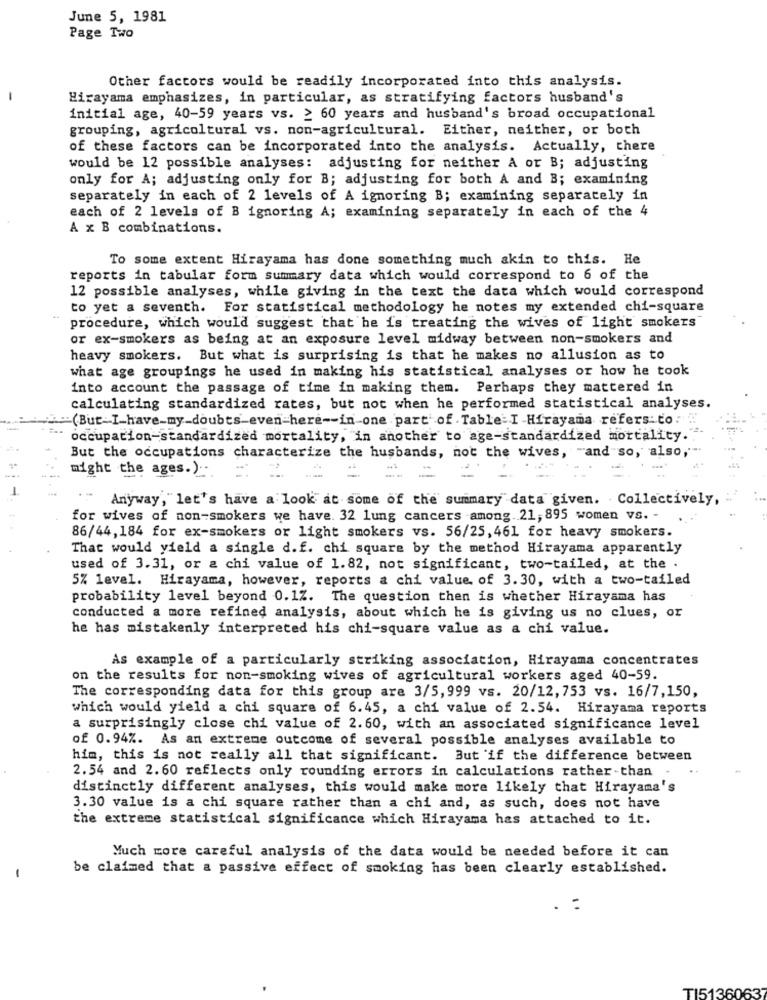
June 5, 1981
Page Two
Other factors would be readily incorporated into this analysis.
-
Hirayama emphasizes, in particular, as stratifying factors husband's
initial age, 40-59 years vs. ≥ 60 years and husband's broad occupational
grouping, agricoltural vs. non-agricultural. Either, neither, or both
of these factors can be incorporated into the analysis. Actually, there
would be 12 possible analyses: adjusting for neither A or B; adjusting
only for A; adjusting only for B; adjusting for both A and B; examining
separately in each of 2 levels of A ignoring B; examining separately in
each of 2 levels of B ignoring A; examining separately in each of the 4
A x B combinations.
To some extent Hirayama has done something much akin to this. He
reports in tabular form summary data which would correspond to 6 of the
12 possible analyses, while giving in the text the data which would correspond
to yet a seventh. For statistical methodology he notes my extended chi-square
procedure, which would suggest that he is treating the wives of light smokers
or ex-smokers as being at an exposure level midway between non-smokers and
heavy smokers. But what is surprising is that he makes no allusion as to
what age groupings he used in making his statistical analyses or how he took
into account the passage of time in making them. Perhaps they mattered in
calculating standardized rates, but not when he performed statistical analyses.
(But_I_have-my-doubts-even-here -- in-one part' of Table I -Hírayama refers to: "
occupation-standardized mortality, in another to age-standardized mortality.
But the occupations characterize the husbands, not the wives, "and so, also,
might the ages.) ...
=
Anyway,"let's have a look at some of the summary data given. Collectively,
for wives of non-smokers we have. 32 lung cancers among. 21, 895 women vs. -
86/44,184 for ex-smokers or light smokers vs. 56/25,461 for heavy smokers.
That would yield a single d.f. chi square by the method Hirayama apparently
used of 3.31, or a chi value of 1.82, not significant, two-tailed, at the .
5% level. Hirayama, however, reports a chi value of 3.30, with a two-tailed
probability level beyond 0.1Z. The question then is whether Hirayama has
conducted a more refined analysis, about which he is giving us no clues, or
he has mistakenly interpreted his chi-square value as a chi value.
As example of a particularly striking association, Hirayama concentrates
on the results for non-smoking wives of agricultural workers aged 40-59.
The corresponding data for this group are 3/5,999 vs. 20/12, 753 vs. 16/7,150,
which would yield a chi square of 6.45, a chi value of 2.54. Hirayama reports
a surprisingly close chi value of 2.60, with an associated significance level
of 0.94%. As an extreme outcome of several possible analyses available to
him, this is not really all that significant. But if the difference between
2.54 and 2.60 reflects only rounding errors in calculations rather than
distinctly different analyses, this would make more likely that Hirayama's
3.30 value is a chi square rather than a chi and, as such, does not have
the extreme statistical significance which Hirayama has attached to it.
Much more careful analysis of the data would be needed before it can
be claimed that a passive effect of smoking has been clearly established.
-
TI5136063